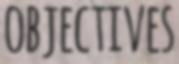
OBJECTIVES